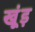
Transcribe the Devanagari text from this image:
खूंड़